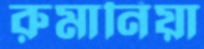
রুমানিয়া